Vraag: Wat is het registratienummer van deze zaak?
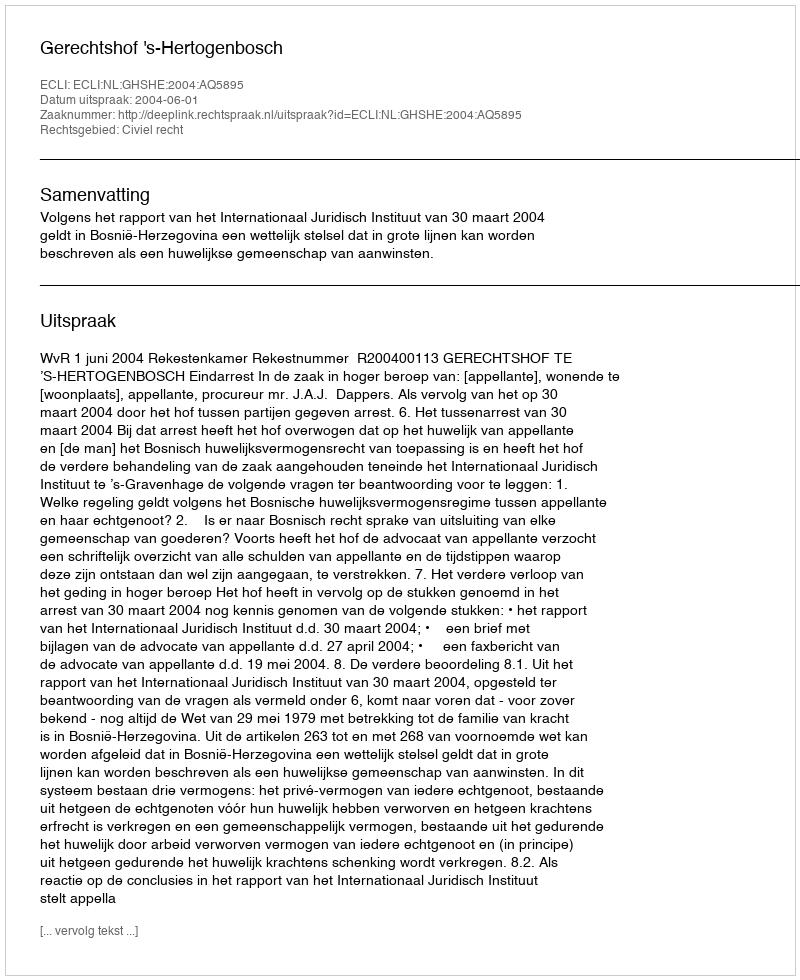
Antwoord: http://deeplink.rechtspraak.nl/uitspraak?id=ECLI:NL:GHSHE:2004:AQ5895